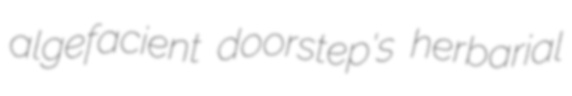
algefacient doorstep's herbarial